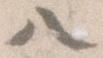
八